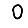
Digit: 0